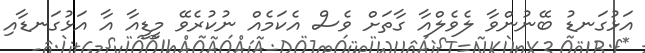
އަޅުގަނޑު ބޭނުންވާ ލެވެލްއާ ގާތަަށް ވެސް އެކަމެއް ނުކުރެވޭ މީޑީއާ އާ އަޅުގަނޑާއި